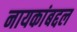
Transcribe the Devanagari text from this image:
नायकांबद्दल